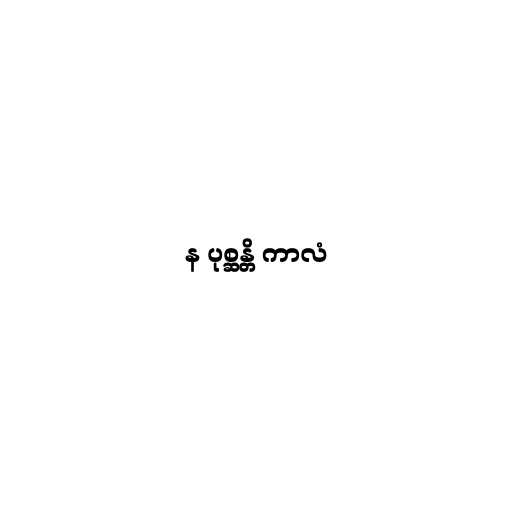
န ပုစ္ဆန္တိ ကာလံ